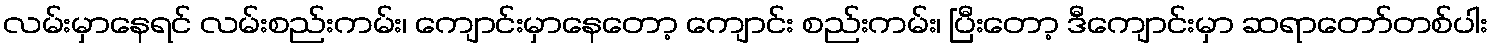
လမ်းမှာနေရင် လမ်းစည်းကမ်း၊ ကျောင်းမှာနေတော့ ကျောင်း စည်းကမ်း၊ ပြီးတော့ ဒီကျောင်းမှာ ဆရာတော်တစ်ပါး